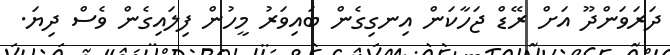
ދަރަވަންދޫ އަށް ރޭޑް ޖަހާކަން އިނގިގެން ބައިވަރު މީހުން ފިލައިގެން ވެސް ދިޔަ.